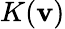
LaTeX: K(\mathbf{v})